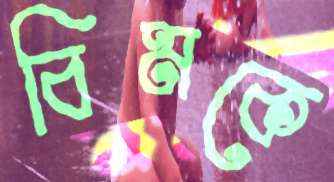
বিমকে